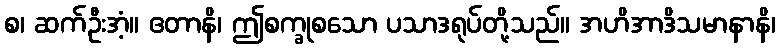
စ၊ ဆက်ဦးအံ့။ ဧတာနိ၊ ဤစက္ခုစသော ပသာဒရုပ်တို့သည်။ အဟိအာဒိသမာနာနိ၊